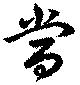
當